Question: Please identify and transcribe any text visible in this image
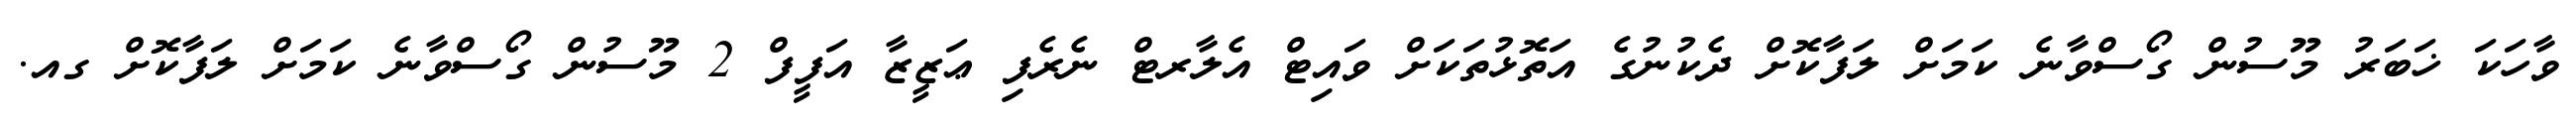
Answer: ވާހަކަ ޚަބަރު މޫސުން ގޯސްވާނެ ކަމަށް ލަފާކޮށް ދެކުނުގެ އަތޮޅުތަކަށް ވައިޓް އެލާރޓް ނެރެފި ޢަޒީޒާ އަފީފް 2 މޫސުން ގޯސްވާނެ ކަމަށް ލަފާކޮށް ގއ.